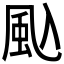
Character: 𮨦